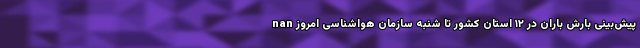
nan پیش‌بینی بارش باران در ۱۲ استان کشور تا شنبه سازمان هواشناسی امروز